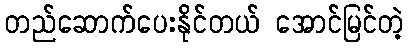
တည်ဆောက်ပေးနိုင်တယ် အောင်မြင်တဲ့